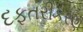
દફતરીકરણ